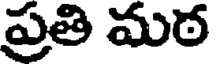
ప్రతి మఠ